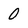
Character: 0